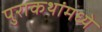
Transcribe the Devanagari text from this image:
पुराकथांमध्ये